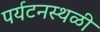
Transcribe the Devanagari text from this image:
पर्यटनस्‍थळी